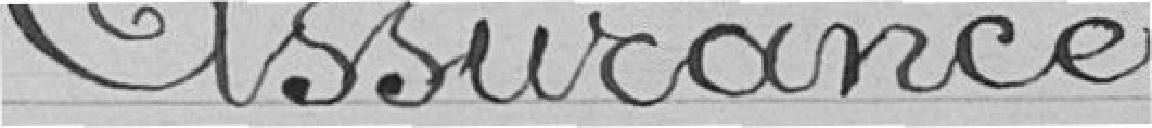
assurance